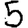
Digit: 5